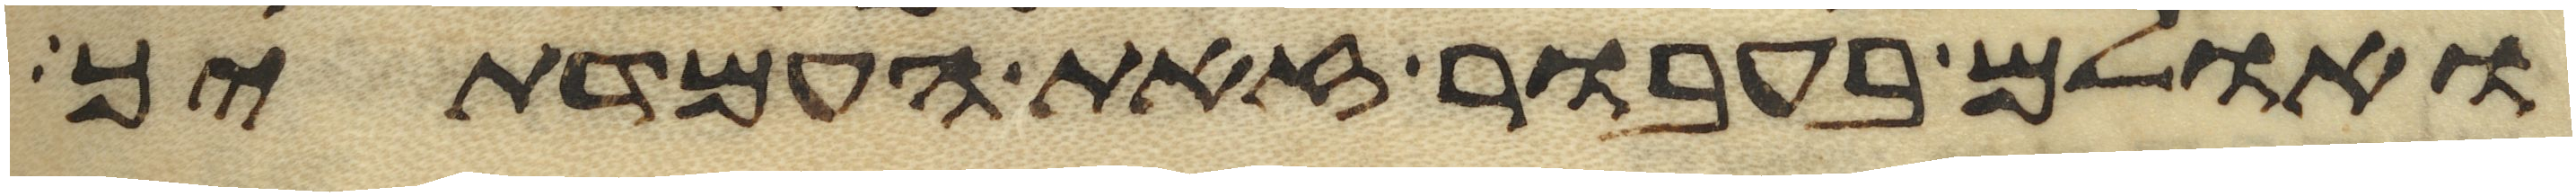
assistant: ואולם בעבור זאת העמדתיך